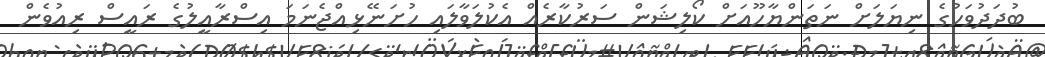
ބުދަދުވަހުގެ ނިޔަލަށް ނަތަންޔާހޫއަށް ކޯލިޝަން ސަރުކާރެއް އެކުލަވާލައި ހުށަނޭޅިއްޖެނަމަ އިސްރާއީލުގެ ރައީސް ރިއުވެން